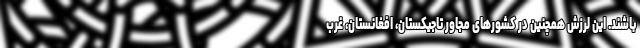
باشند. این لرزش همچنین در کشورهای مجاور تاجیکستان، افغانستان، غرب